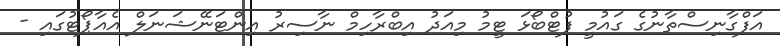
އަފްގާނިސްތާނުގެ ގައުމީ ފުޓްބޯޅަ ޓީމު މިއަދު އިބްރާހިމް ނާސިރު އިންޓަނޭޝަނަލް އެއާޕޯޓުގައި -